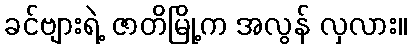
ခင်ဗျားရဲ့ ဇာတိမြို့က အလွန် လှလား။